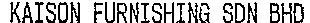
KAISON FURNISHING SDN BHD